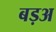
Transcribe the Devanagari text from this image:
बड़अ